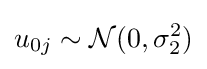
u_{0j}\sim {\mathcal {N}}(0,\sigma _{2}^{2})